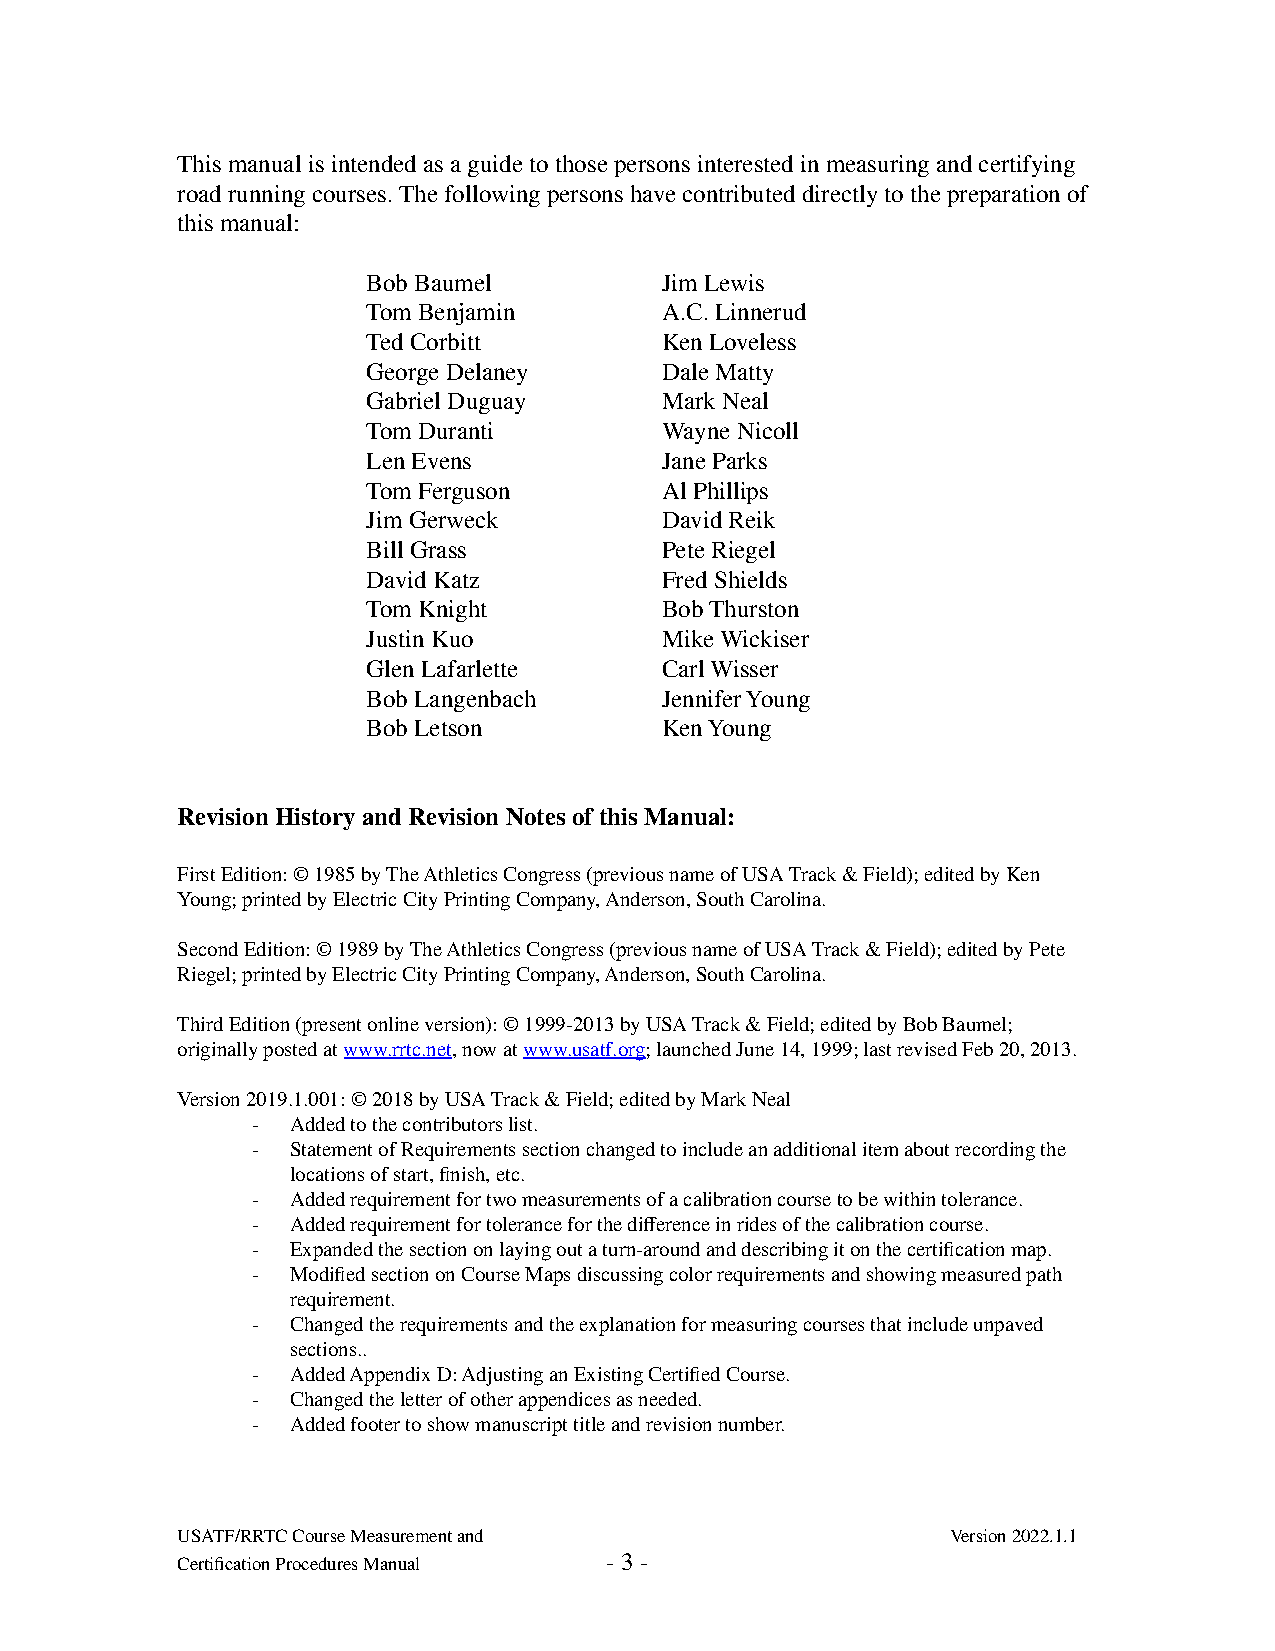
This manual is intended as a guide to those persons interested in measuring and certifying
 road running courses. The following persons have contributed directly to the preparation of
 this manual:
 Bob Baumel          Jim Lewis
 Tom Benjamin        A.C. Linnerud
 Ted Corbitt         Ken Loveless
 George Delaney      Dale Matty
 Gabriel Duguay      Mark Neal
 Tom Duranti         Wayne Nicoll
 Len Evens           Jane Parks
 Tom Ferguson        Al Phillips
 Jim Gerweck         David Reik
 Bill Grass          Pete Riegel
 David Katz          Fred Shields
 Tom Knight          Bob Thurston
 Justin Kuo          Mike Wickiser
 Glen Lafarlette     Carl Wisser
 Bob Langenbach      Jennifer Young
 Bob Letson          Ken Young
 Revision History and Revision Notes of this Manual:
 First Edition: © 1985 by The Athletics Congress (previous name of USA Track & Field); edited by Ken
 Young; printed by Electric City Printing Company, Anderson, South Carolina.
 Second Edition: © 1989 by The Athletics Congress (previous name of USA Track & Field); edited by Pete
 Riegel; printed by Electric City Printing Company, Anderson, South Carolina.
 Third Edition (present online version): © 1999-2013 by USA Track & Field; edited by Bob Baumel;
 originally posted atwww.rrtc.net, now atwww.usatf.org;launched June 14, 1999; last revised Feb 20, 2013.
 Version 2019.1.001: © 2018 by USA Track & Field; edited by Mark Neal
 - Added to the contributors list.
 - Statement of Requirements section changed to include an additional item about recording the
 locations of start, finish, etc.
 - Added requirement for two measurements of a calibration course to be within tolerance.
 - Added requirement for tolerance for the difference in rides of the calibration course.
 - Expanded the section on laying out a turn-around and describing it on the certification map.
 - Modified section on Course Maps discussing color requirements and showing measured path
 requirement.
 - Changed the requirements and the explanation for measuring courses that include unpaved
 sections..
 - Added Appendix D: Adjusting an Existing Certified Course.
 - Changed the letter of other appendices as needed.
 - Added footer to show manuscript title and revision number.
 USATF/RRTC Course Measurement and                  Version 2022.1.1
 Certification Procedures Manual - 3 -